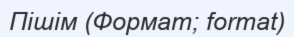
Пішім (Формат; format)